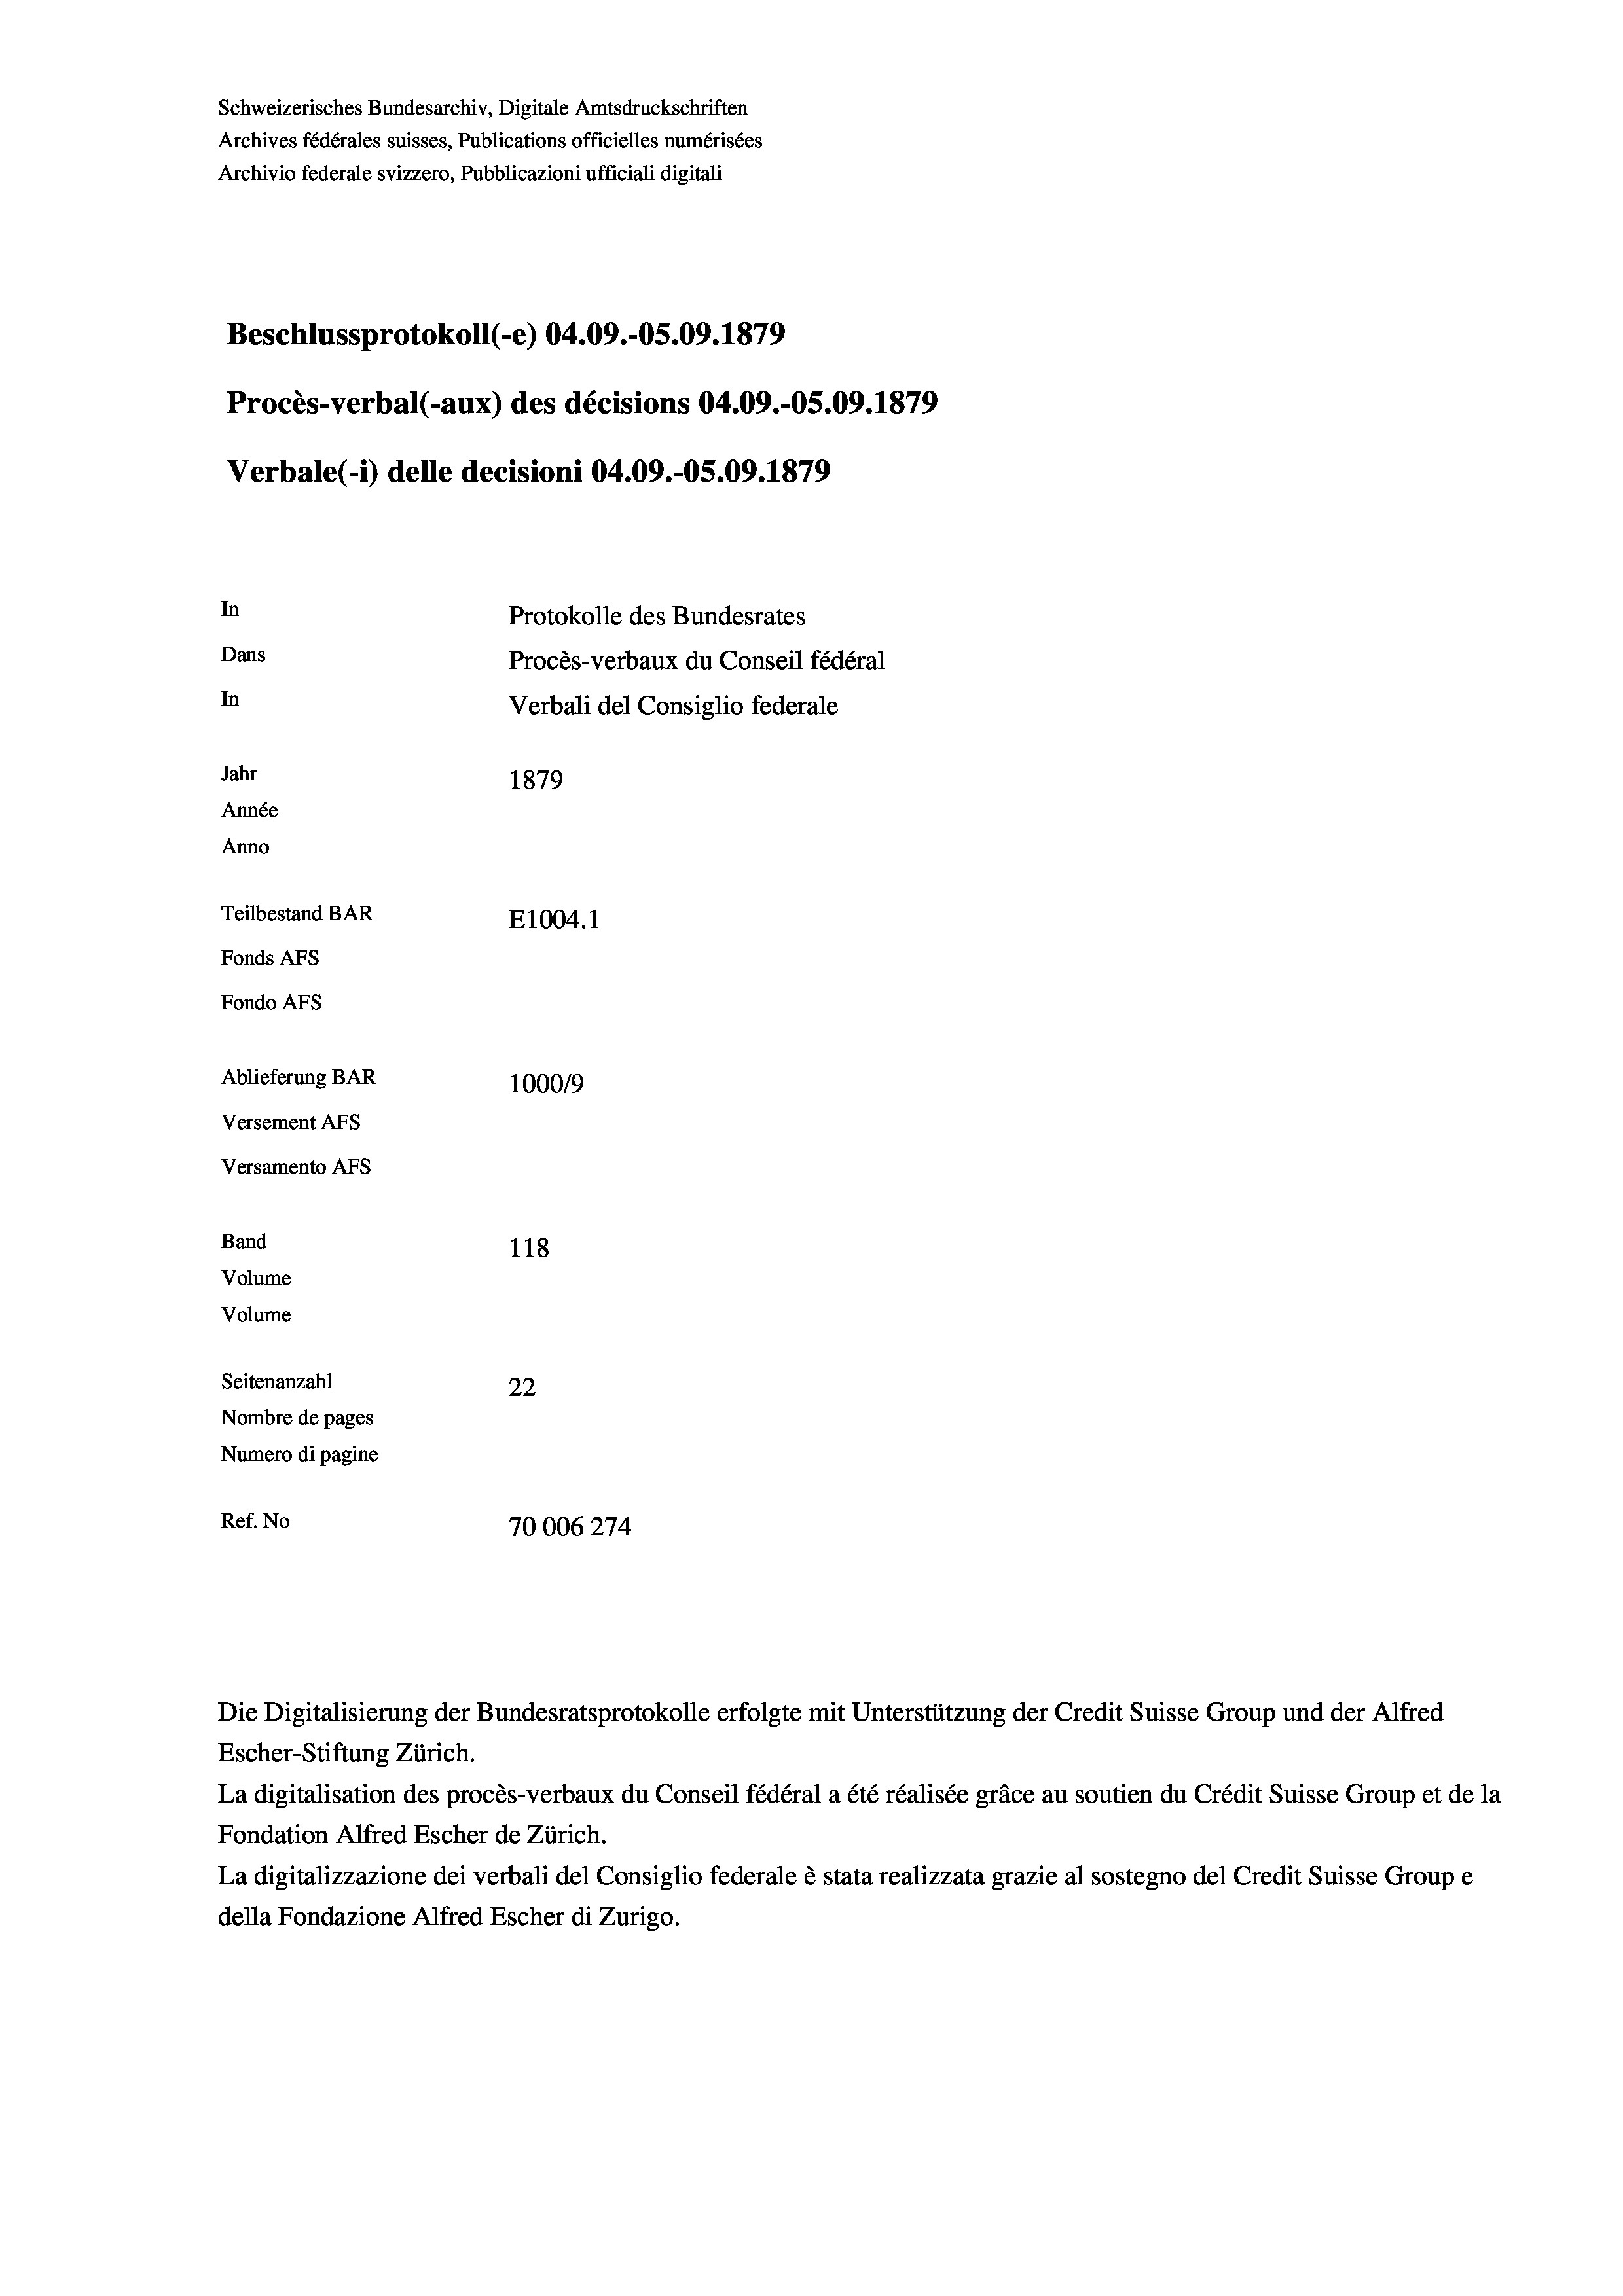
Schweizerisches Bundesarchiv, Digitale Amtsdruckschriften
Archives fédérales suisses, Publications officielles numérisées
Archivio federale svizzero, Pubblicazioni ufficiali digitali
Beschlussprotokoll (-e) 04.09.-05.09. 1879
Procès-verbal (-aux) des décisions 04.09.-OS.09. 1879
Verbale (1) delle decisioni 04.09.-OS.09. 1879
In
Protokolle des Bundesrates
Dans
Procès-verbaux du Conseil fédéral
In
Verbali del Consiglio federale
Jahr
1879
Année
Anno
Teilbestand BAR
E1004.1
Fonds AFs
Fondo AFs
Ablieferung BAR
100019
Versement AFs
Versamento Afs
Band
118
Volume
Volume
Seitenanzahl
22
Nombre de pages
Numero di pagine
Ref. No
70006274

Escher-Stiftung Zürich.
La digitalisation des procès-verbaux du Conseil fédéral a été réalisée gräce au soutien du Crédit Suisse Group et de la
Fondation Alfred Escher de Zürich.
La digitalizzazione dei verbali del Consiglio federale è stata realizzata grazie al sostegno del Credit Suisse Groupe
della Fondazione Alfred Escher di Zurigo.

Die Digitalisierung der Bundesratsprotokolle erfolgte mit Unterstützung der Credit Suisse Group und der Alfred